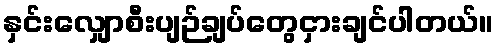
နှင်းလျှောစီးပျဉ်ချပ်တွေငှားချင်ပါတယ်။